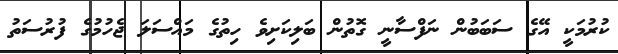
ކުރުމަކީ އޭގެ ސަބަބުން ނަފްސާނީ ގޮތުން ބަލިކަށިވެ ހިތުގެ މައްސަލަ ޖެހުމުގެ ފުރުސަތު